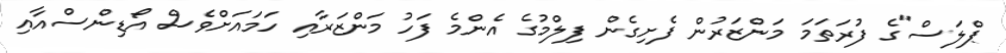
ޕްލަސް"ގެ ފުރަތަމަ މަންޒަރުން ފެށިގެން ފިލްމުގެ އެންމެ ފަހު މަންޒަރާއި ހަމައަށްވެސް އޯޑިންސްއާއި